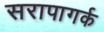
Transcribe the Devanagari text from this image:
सरापागर्क